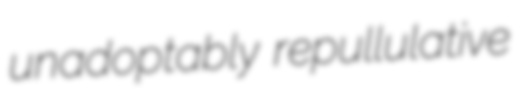
unadoptably repullulative